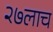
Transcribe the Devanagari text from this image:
२७लाच